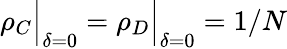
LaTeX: \rho_{C}\Big\vert_{\delta=0}=\rho_{D}\Big\vert_{\delta=0}=1/N